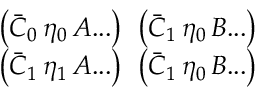
\begin{array} { c c } { { \left( \bar { C } _ { 0 } \, \eta _ { 0 } \, { \cal A } . . . \right) \; \, \left( \bar { C } _ { 1 } \, \eta _ { 0 } \, B . . . \right) } } \\ { { \left( \bar { C } _ { 1 } \, \eta _ { 1 } \, { \cal A } . . . \right) \; \, \left( \bar { C } _ { 1 } \, \eta _ { 0 } \, { \cal B } . . . \right) } } \end{array}